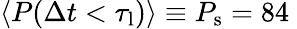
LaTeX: \langle P(\Delta t<\tau_{\mathrm{l}})\rangle\equiv P_{\mathrm{s}}=84\